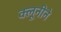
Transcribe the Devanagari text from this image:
क्लूनीने